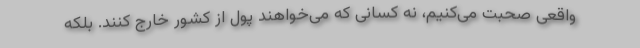
واقعی صحبت می‌کنیم، نه کسانی که می‌خواهند پول از کشور خارج کنند. بلکه